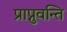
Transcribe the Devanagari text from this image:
प्राप्नुवन्ति